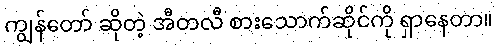
ကျွန်တော် ဆိုတဲ့ အီတလီ စားသောက်ဆိုင်ကို ရှာနေတာ။